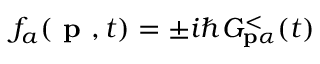
f _ { a } ( \textbf { p } , t ) = \pm i \hbar G _ { \mathbf { p } \alpha } ^ { < } ( t )